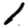
Digit: 1